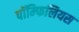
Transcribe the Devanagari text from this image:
पॉम्फिलियस